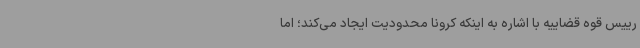
رییس قوه قضاییه با اشاره به اینکه کرونا محدودیت ایجاد می‌کند؛ اما